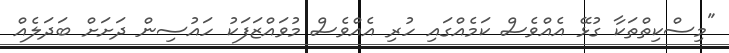
"މިސްކިތްތަކާ ގުޅޭ އެއްވެސް ކަމެއްގައި ހުރި އެއްވެސް މުވައްޒަފަކު ހައުސިން ދަށަށް ބަދަލެއް